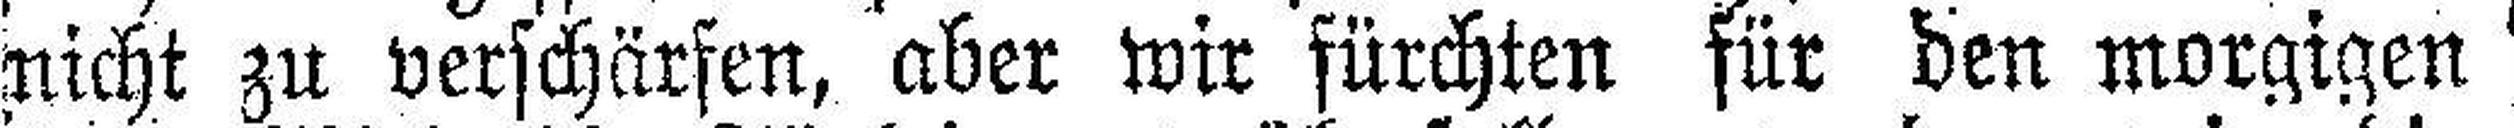
nicht zu verschärfen, aber wir fürchten für den morgigen